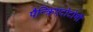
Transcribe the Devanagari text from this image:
पैन्क्रिएटोटोमी